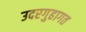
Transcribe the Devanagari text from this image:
उदरगुहागत